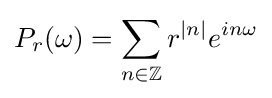
P_{r}(\omega )=\sum _{n\in \mathbb {Z} }r^{|n|}e^{in\omega }